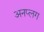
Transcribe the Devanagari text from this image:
अनप्लग